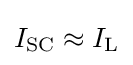
I_{\text{SC}}\approx I_{\text{L}}